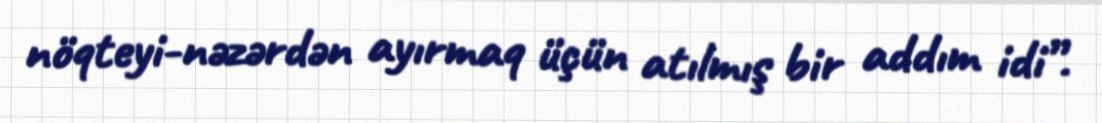
nöqteyi-nəzərdən ayırmaq üçün atılmış bir addım idi”.